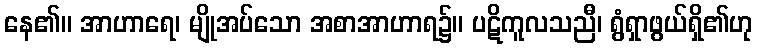
နေ၏။ အာဟာရေ၊ မျိုအပ်သော အစာအာဟာရ၌။ ပဋိကူလသညီ၊ ရွံရှာဖွယ်ရှိ၏ဟု